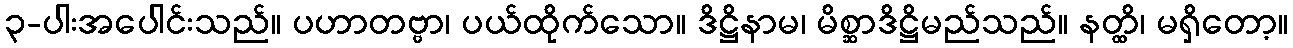
၃-ပါးအပေါင်းသည်။ ပဟာတဗ္ဗာ၊ ပယ်ထိုက်သော။ ဒိဋ္ဌိနာမ၊ မိစ္ဆာဒိဋ္ဌိမည်သည်။ နတ္ထိ၊ မရှိတော့။